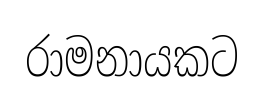
රාමනායකට